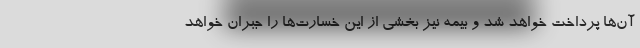
آن‌ها پرداخت خواهد شد و بیمه نیز بخشی از این خسارت‌ها را جبران خواهد